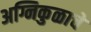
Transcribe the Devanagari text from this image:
अग्निकुळाचे